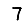
Digit: 7